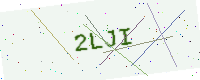
Text: 2LJI